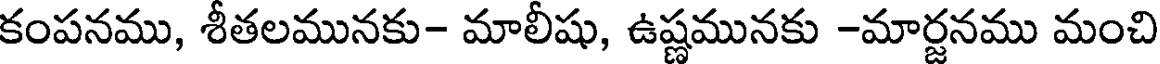
కంపనము, శీతలమునకు- మాలీషు, ఉష్ణమునకు -మార్జనము మంచి